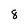
Character: 8